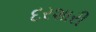
દરશારી